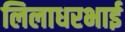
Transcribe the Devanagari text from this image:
लिलाधरभाई